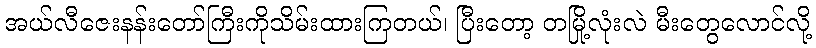
အယ်လီဇေးနန်းတော်ကြီးကိုသိမ်းထားကြတယ်၊ ပြီးတော့ တမြို့လုံးလဲ မီးတွေလောင်လို့